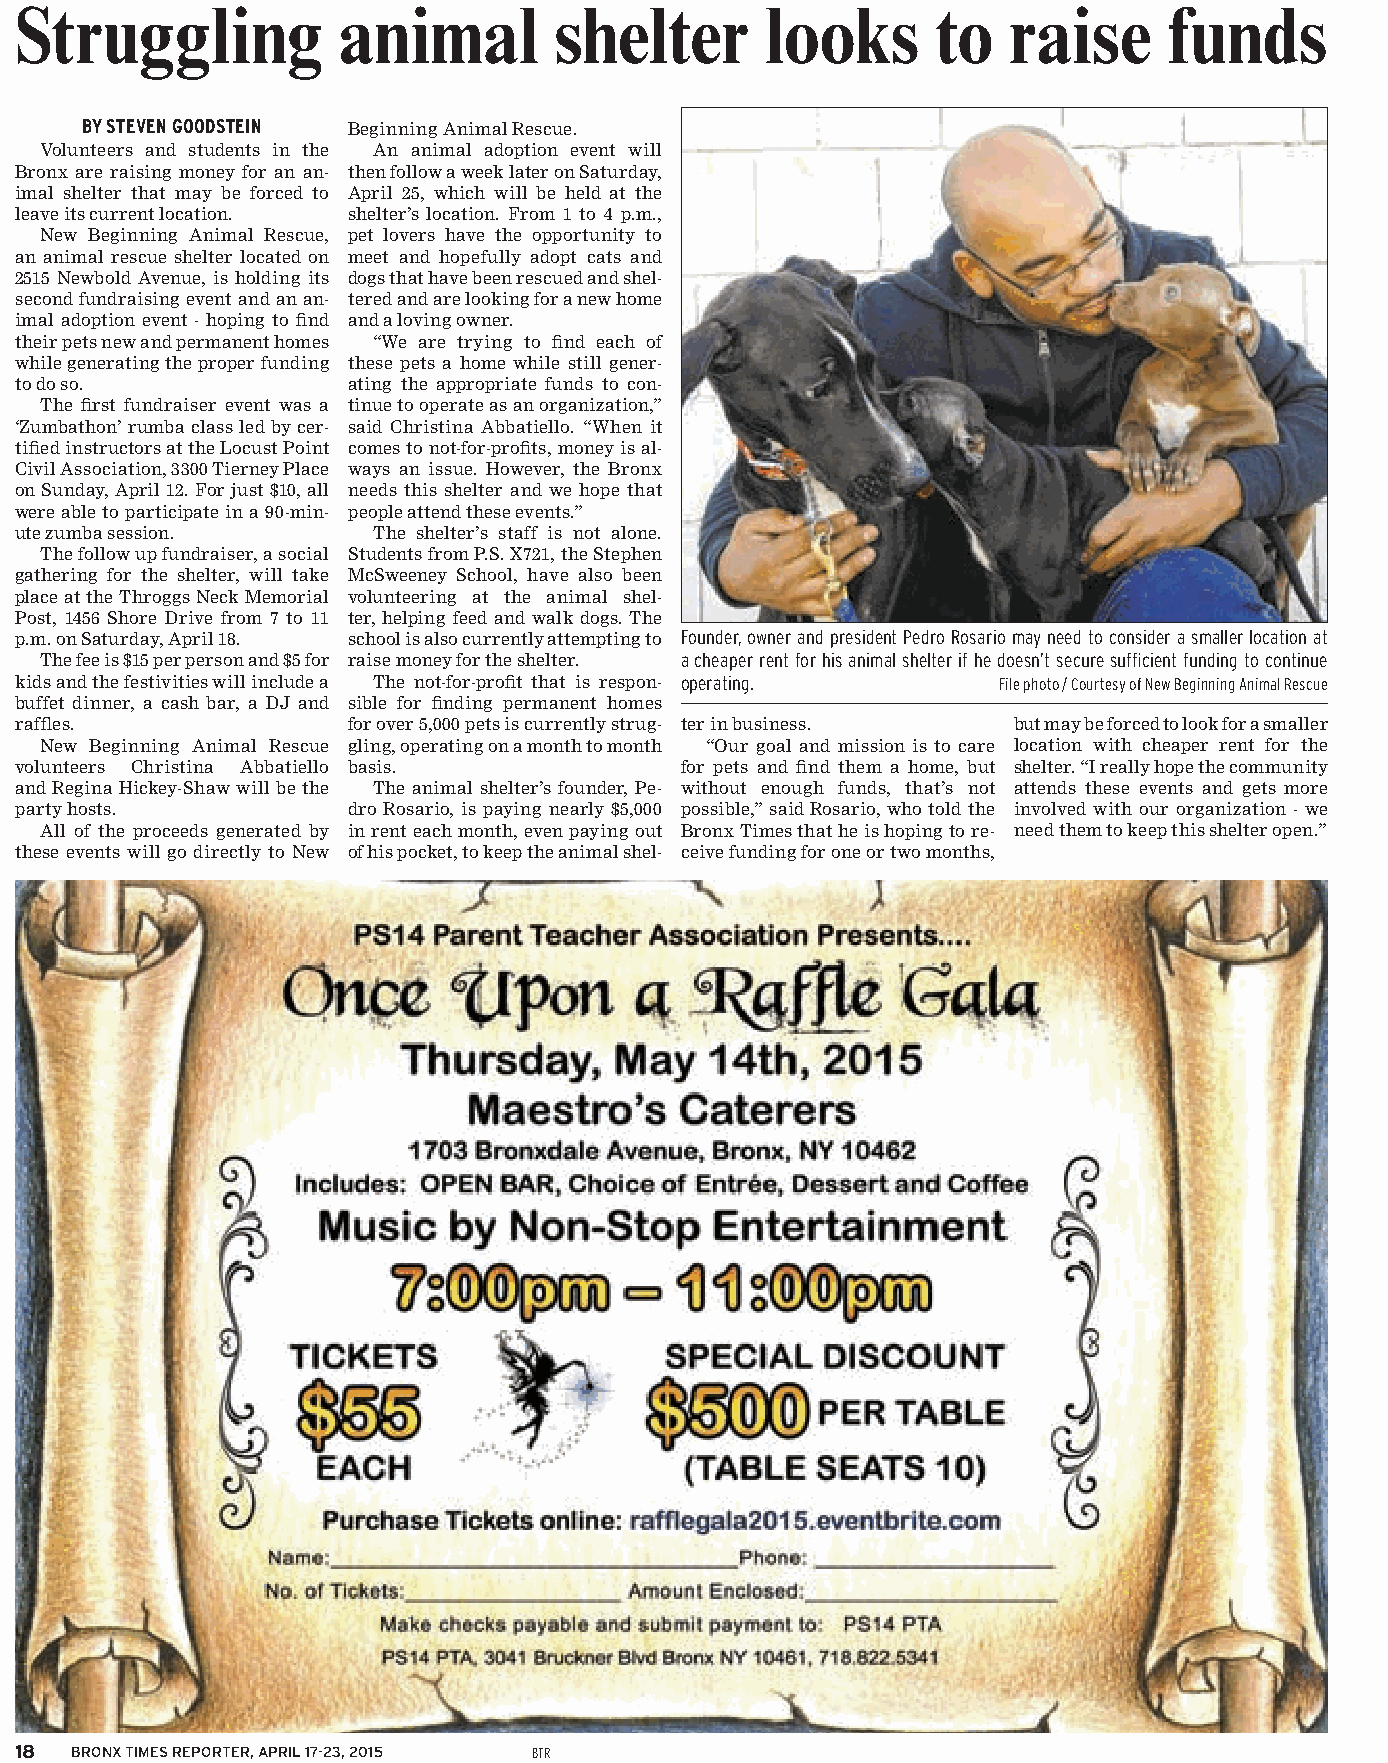
Struggling           animal         shelter       looks      to   raise     funds
 BY STEVEN GOODSTEIN Beginning Animal Rescue.
 Volunteers and students in the An animal adoption event will
 Bronx are raising money for an an- then follow a week later on Saturday,
 imal shelter that may be forced to April 25, which will be held at the
 leave its current location. shelter’s location. From 1 to 4 p.m.,
 New Beginning Animal Rescue, pet lovers have the opportunity to
 an animal rescue shelter located on meet and hopefully adopt cats and
 2515 Newbold Avenue, is holding its dogs that have been rescued and shel-
 second fundraising event and an an- tered and are looking for a new home
 imal adoption event - hoping to fi nd and a loving owner.
 their pets new and permanent homes “We are trying to fi nd each of
 while generating the proper funding these pets a home while still gener-
 to do so.             ating the appropriate funds to con-
 The fi rst fundraiser event was a tinue to operate as an organization,”
 ‘Zumbathon’ rumba class led by cer- said Christina Abbatiello. “When it
 tifi ed instructors at the Locust Point comes to not-for-profi ts, money is al-
 Civil Association, 3300 Tierney Place ways an issue. However, the Bronx
 on Sunday, April 12. For just $10, all needs this shelter and we hope that
 were able to participate in a 90-min- people attend these events.”
 ute zumba session.      The shelter’s staff is not alone.
 The follow up fundraiser, a social Students from P.S. X721, the Stephen
 gathering for the shelter, will take McSweeney School, have also been
 place at the Throggs Neck Memorial volunteering at the animal shel-
 Post, 1456 Shore Drive from 7 to 11 ter, helping feed and walk dogs. The
 p.m. on Saturday, April 18. school is also currently attempting to Founder, owner and president Pedro Rosario may need to consider a smaller location at
 The fee is $15 per person and $5 for raise money for the shelter. a cheaper rent for his animal shelter if he doesn’t secure suffi cient funding to continue
 kids and the festivities will include a The not-for-profi t that is respon- operating. File photo / Courtesy of New Beginning Animal Rescue
 buffet dinner, a cash bar, a DJ and sible for fi nding permanent homes
 raffl es.             for over 5,000 pets is currently strug- ter in business. but may be forced to look for a smaller
 New Beginning Animal Rescue gling, operating on a month to month “Our goal and mission is to care location with cheaper rent for the
 volunteers Christina Abbatiello basis.      for pets and fi nd them a home, but shelter. “I really hope the community
 and Regina Hickey-Shaw will be the The animal shelter’s founder, Pe- without enough funds, that’s not attends these events and gets more
 party hosts.          dro Rosario, is paying nearly $5,000 possible,” said Rosario, who told the involved with our organization - we
 All of the proceeds generated by in rent each month, even paying out Bronx Times that he is hoping to re- need them to keep this shelter open.”
 these events will go directly to New of his pocket, to keep the animal shel- ceive funding for one or two months,
 18  BRONX TIMES REPORTER, APRIL 17-23, 2015 BTR